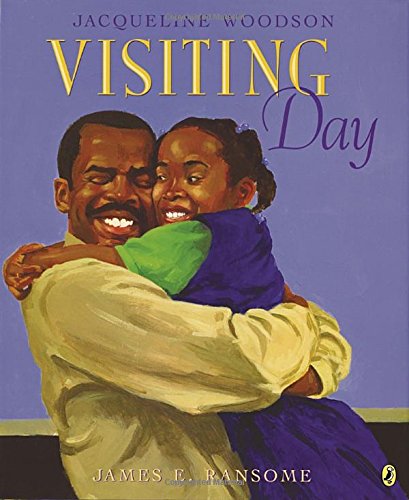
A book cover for Visiting Day; Jacqueline Woodson; Children's Books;